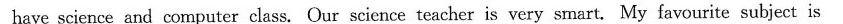
have science and computer class. Our science teacher is very smart. My favourite subject is